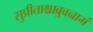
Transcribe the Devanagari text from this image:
सुप्रीताश्चाब्रुवन्रामं